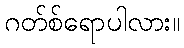
ဂတ်စ်ရောပါလား။